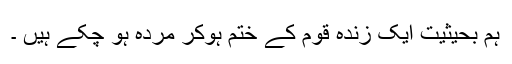
ہم بحیثیت ایک زندہ قوم کے ختم ہوکر مردہ ہو چکے ہیں ۔